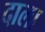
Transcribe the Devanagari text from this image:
दाला